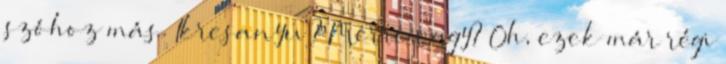
szóhoz más. Ikresanyu ? Merre vagy? Oh, ezek már régi